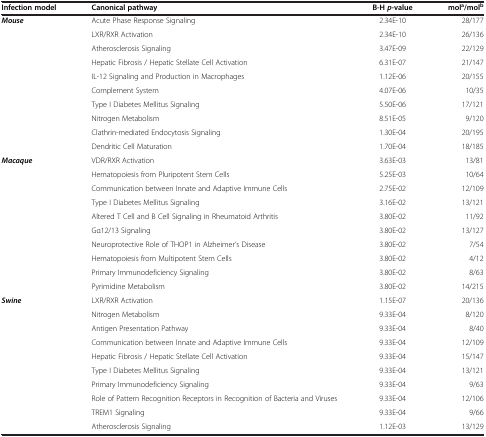
<table><thead><tr><td><b>Infection model</b></td><td><b>Canonical pathway</b></td><td><b>B-H <i>p-</i>value</b></td><td><b>mol<sup>a</sup>/mol<sup>b</sup></b></td></tr></thead><tbody><tr><td><b><i>Mouse</i></b></td><td>Acute Phase Response Signaling</td><td>2.34E-10</td><td>28/177</td></tr><tr><td> </td><td>LXR/RXR Activation</td><td>2.34E-10</td><td>26/136</td></tr><tr><td> </td><td>Atherosclerosis Signaling</td><td>3.47E-09</td><td>22/129</td></tr><tr><td> </td><td>Hepatic Fibrosis / Hepatic Stellate Cell Activation</td><td>6.31E-07</td><td>21/147</td></tr><tr><td> </td><td>IL-12 Signaling and Production in Macrophages</td><td>1.12E-06</td><td>20/155</td></tr><tr><td> </td><td>Complement System</td><td>4.07E-06</td><td>10/35</td></tr><tr><td> </td><td>Type I Diabetes Mellitus Signaling</td><td>5.50E-06</td><td>17/121</td></tr><tr><td> </td><td>Nitrogen Metabolism</td><td>8.51E-05</td><td>9/120</td></tr><tr><td> </td><td>Clathrin-mediated Endocytosis Signaling</td><td>1.30E-04</td><td>20/195</td></tr><tr><td> </td><td>Dendritic Cell Maturation</td><td>1.70E-04</td><td>18/185</td></tr><tr><td><b><i>Macaque</i></b></td><td>VDR/RXR Activation</td><td>3.63E-03</td><td>13/81</td></tr><tr><td> </td><td>Hematopoiesis from Pluripotent Stem Cells</td><td>5.25E-03</td><td>10/64</td></tr><tr><td> </td><td>Communication between Innate and Adaptive Immune Cells</td><td>2.75E-02</td><td>12/109</td></tr><tr><td> </td><td>Type I Diabetes Mellitus Signaling</td><td>3.16E-02</td><td>13/121</td></tr><tr><td> </td><td>Altered T Cell and B Cell Signaling in Rheumatoid Arthritis</td><td>3.80E-02</td><td>11/92</td></tr><tr><td> </td><td>Gα12/13 Signaling</td><td>3.80E-02</td><td>13/127</td></tr><tr><td> </td><td>Neuroprotective Role of THOP1 in Alzheimer&#x27;s Disease</td><td>3.80E-02</td><td>7/54</td></tr><tr><td> </td><td>Hematopoiesis from Multipotent Stem Cells</td><td>3.80E-02</td><td>4/12</td></tr><tr><td> </td><td>Primary Immunodeficiency Signaling</td><td>3.80E-02</td><td>8/63</td></tr><tr><td> </td><td>Pyrimidine Metabolism</td><td>3.80E-02</td><td>14/215</td></tr><tr><td><b><i>Swine</i></b></td><td>LXR/RXR Activation</td><td>1.15E-07</td><td>20/136</td></tr><tr><td> </td><td>Nitrogen Metabolism</td><td>9.33E-04</td><td>8/120</td></tr><tr><td> </td><td>Antigen Presentation Pathway</td><td>9.33E-04</td><td>8/40</td></tr><tr><td> </td><td>Communication between Innate and Adaptive Immune Cells</td><td>9.33E-04</td><td>12/109</td></tr><tr><td> </td><td>Hepatic Fibrosis / Hepatic Stellate Cell Activation</td><td>9.33E-04</td><td>15/147</td></tr><tr><td> </td><td>Type I Diabetes Mellitus Signaling</td><td>9.33E-04</td><td>13/121</td></tr><tr><td> </td><td>Primary Immunodeficiency Signaling</td><td>9.33E-04</td><td>9/63</td></tr><tr><td> </td><td>Role of Pattern Recognition Receptors in Recognition of Bacteria and Viruses</td><td>9.33E-04</td><td>12/106</td></tr><tr><td> </td><td>TREM1 Signaling</td><td>9.33E-04</td><td>9/66</td></tr><tr><td> </td><td>Atherosclerosis Signaling</td><td>1.12E-03</td><td>13/129</td></tr></tbody></table>